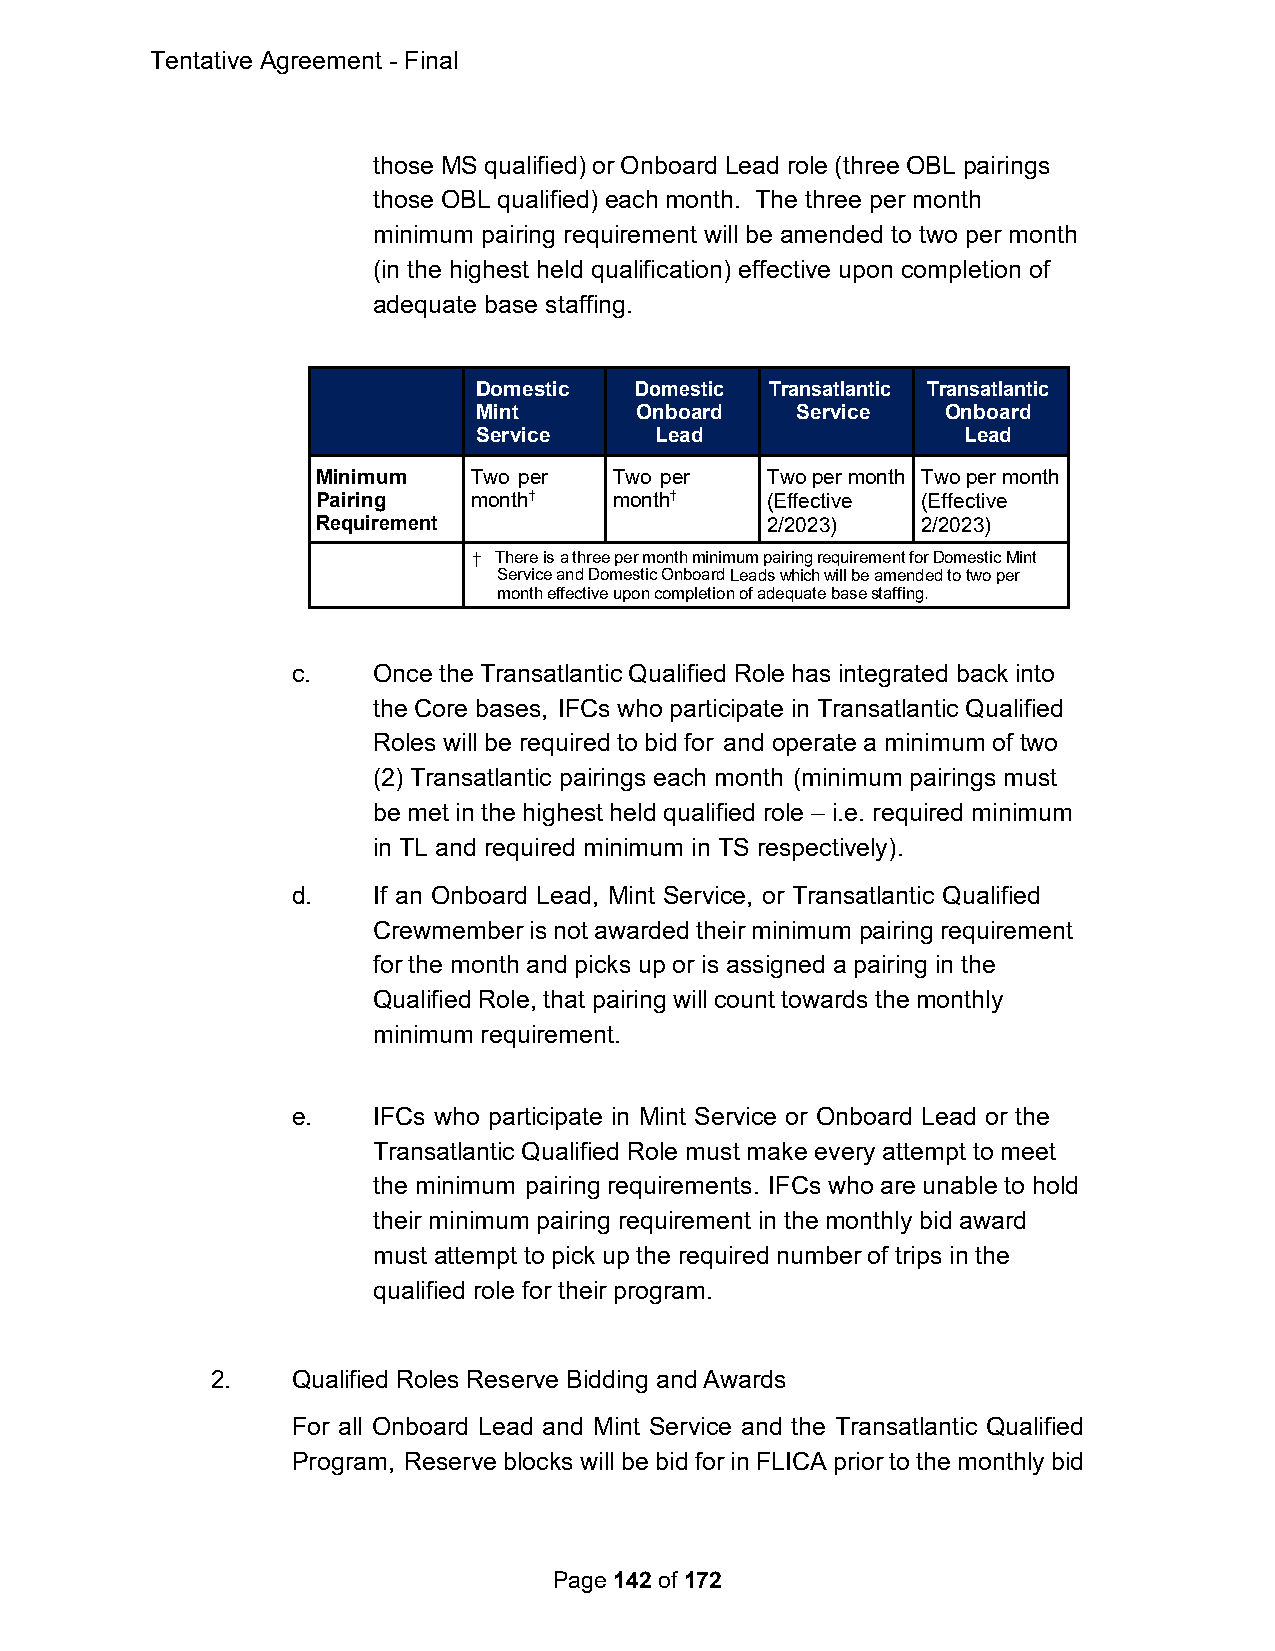
Tentative Agreement - Final
 those MS qualified) or Onboard Lead role (three OBL pairings
 those OBL qualified) each month. The three per month
 minimum pairing requirement will be amended to two per month
 (in the highest held qualification) effective upon completion of
 adequate base staffing.
 Domestic  Domestic Transatlantic Transatlantic
 Mint      Onboard    Service   Onboard
 Service    Lead                 Lead
 Minimum   Two per   Two per   Two per month Two per month
 Pairing   month†    month†    (Effective (Effective
 Requirement                   2/2023)   2/2023)
 † There is a three per month minimum pairing requirement for Domestic Mint
 Service and Domestic Onboard Leads which will be amended to two per
 month effective upon completion of adequate base staffing.
 c.    Once the Transatlantic Qualified Role has integrated back into
 the Core bases, IFCs who participate in Transatlantic Qualified
 Roles will be required to bid for and operate a minimum of two
 (2) Transatlantic pairings each month (minimum pairings must
 be met in the highest held qualified role – i.e. required minimum
 in TL and required minimum in TS respectively).
 d.    If an Onboard Lead, Mint Service, or Transatlantic Qualified
 Crewmember is not awarded their minimum pairing requirement
 for the month and picks up or is assigned a pairing in the
 Qualified Role, that pairing will count towards the monthly
 minimum requirement.
 e.    IFCs who participate in Mint Service or Onboard Lead or the
 Transatlantic Qualified Role must make every attempt to meet
 the minimum pairing requirements. IFCs who are unable to hold
 their minimum pairing requirement in the monthly bid award
 must attempt to pick up the required number of trips in the
 qualified role for their program.
 2.   Qualified Roles Reserve Bidding and Awards
 For all Onboard Lead and Mint Service and the Transatlantic Qualified
 Program, Reserve blocks will be bid for in FLICA prior to the monthly bid
 Page 142 of 172